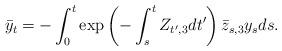
LaTeX: \begin{align*}\bar{y}_t = - \int_0^t \exp\left(-\int_s^t Z_{t',3}dt'\right)\bar{z}_{s,3}y_s ds.\end{align*}